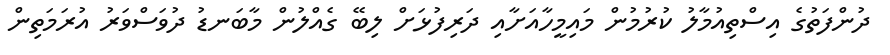
ދުންފަތުގެ އިސްތިއުމާލު ކުރުމުން މައިމީހާއަށާއި ދަރިފުޅަށް ލިބޭ ގެއްލުން މާބަނޑު ދުވަސްވަރު އުރަމަތިން